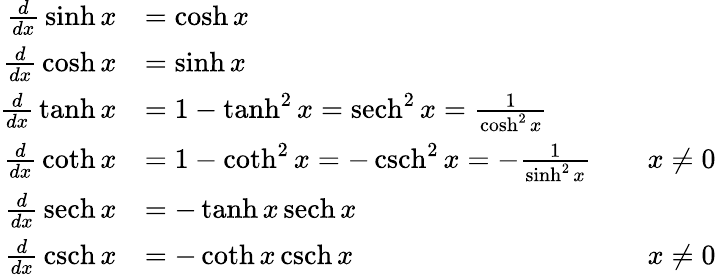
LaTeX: {\begin{array}{rlrl}{{\frac{d}{dx}}\sinh x}&{=\cosh x}\\ {{\frac{d}{dx}}\cosh x}&{=\sinh x}\\ {{\frac{d}{dx}}\operatorname{tanh}x}&{=1-\operatorname{tanh}^{2}x=\operatorname{sech}^{2}x={\frac{1}{\cosh^{2}x}}}\\ {{\frac{d}{dx}}\coth x}&{=1-\coth^{2}x=-\operatorname{csch}^{2}x=-{\frac{1}{\sinh^{2}x}}}&&{x\neq 0}\\ {{\frac{d}{dx}}\operatorname{sech}x}&{=-\operatorname{tanh}x\operatorname{sech}x}\\ {{\frac{d}{dx}}\operatorname{csch}x}&{=-\coth x\operatorname{csch}x}&&{x\neq 0}\end{array}}